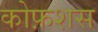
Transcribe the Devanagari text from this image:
कोफ़शस